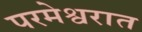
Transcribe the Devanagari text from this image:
परमेश्वरात